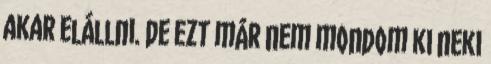
akar elállni. De ezt már nem mondom ki neki